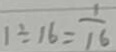
1 \div 1 6 = \frac { 1 } { 1 6 }